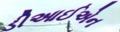
ડીઆઈએન